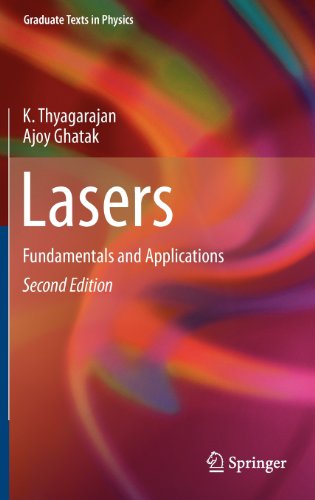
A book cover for Lasers: Fundamentals and Applications (Graduate Texts in Physics); K. Thyagarajan; Science & Math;